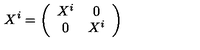
X ^ { i } = \left( \begin{array} { c c } { X ^ { i } } & { 0 } \\ { 0 } & { X ^ { i } } \\ \end{array} \right)